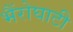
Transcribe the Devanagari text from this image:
भैंरोघाटी